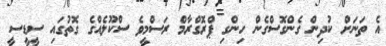
އެ ތަނަށް ކުދިން ގެންގޮސްގެން ހިންގި ޕްރޮގްރާމް ރަސްމީވެ ސްކޫލެއްގެ ގޮތުގައި ސީޑީސީ